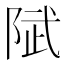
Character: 陚